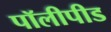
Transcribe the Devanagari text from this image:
पॉलीपीड